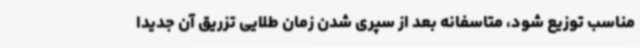
مناسب توزیع شود، متاسفانه بعد از سپری شدن زمان طلایی تزریق آن جدیداً